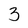
Character: 3